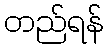
တည်ရန်